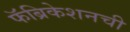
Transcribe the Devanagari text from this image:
फॅब्रिकेशनची